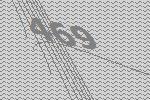
469